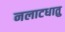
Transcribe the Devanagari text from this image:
नलाटधातु